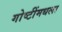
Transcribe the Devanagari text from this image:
गोष्टींमधला